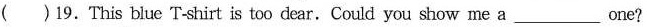
( )19.This blue T-shirt is too dear.Could you show me a ___ one?